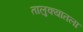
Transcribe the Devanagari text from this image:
तालुक्यातला